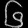
Digit: ၆